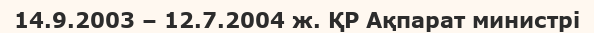
14.9.2003 – 12.7.2004 ж. ҚР Ақпарат министрі